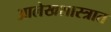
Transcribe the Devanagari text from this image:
आलेखशास्त्रात